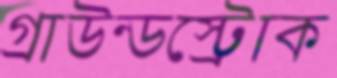
গ্রাউন্ডস্ট্রোক